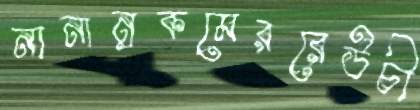
নানান্‌রকমেররেউচী